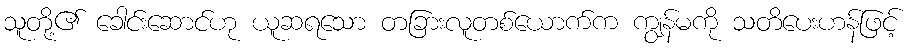
သူတို့၏ ခေါင်းဆောင်ဟု ယူဆရသော တခြားလူတစ်ယောက်က ကျွန်မကို သတိပေးဟန်ဖြင့်